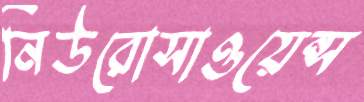
নিউরোসাওয়েন্স